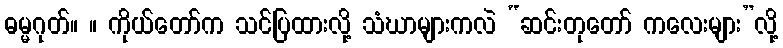
ဓမ္မဂုတ်။ ။ ကိုယ်တော်က သင်ပြထားလို့ သံဃာများကလဲ “ဆင်းတုတော် ကလေးများ”လို့